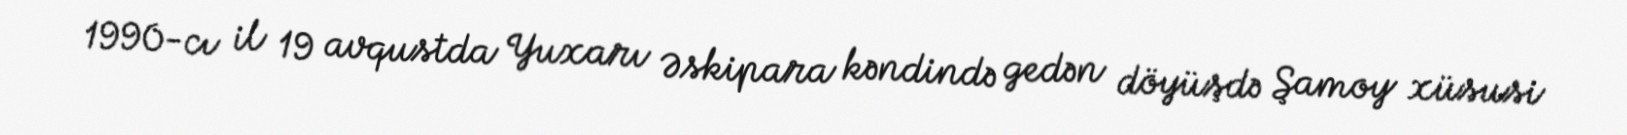
1990-cı il 19 avqustda Yuxarı Əskipara kəndində gedən döyüşdə Şamoy xüsusi